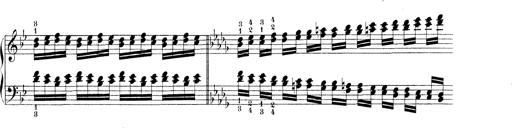
Title: Technische Studien
Composer: Franz Liszt